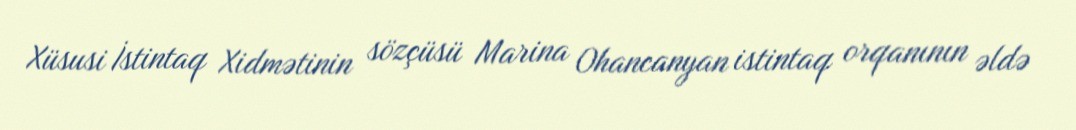
Xüsusi İstintaq Xidmətinin sözçüsü Marina Ohancanyan istintaq orqanının əldə